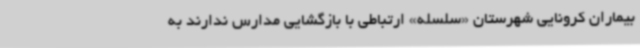
بیماران کرونایی شهرستان «سلسله» ارتباطی با بازگشایی مدارس ندارند به